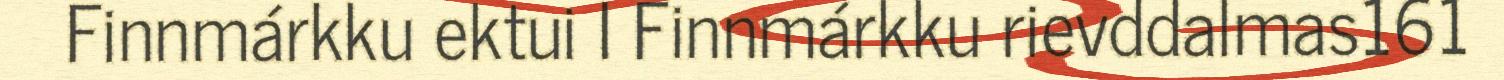
Finnmárkku ektui I Finnmárkku rievddalmas161